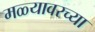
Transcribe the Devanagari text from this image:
मळ्यावरच्या